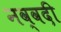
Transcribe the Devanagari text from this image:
नव्वदी